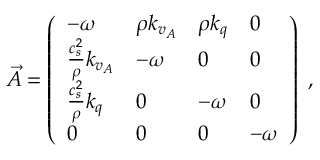
\vec { A } = \left( \begin{array} { l l l l } { - { \omega } } & { \rho k _ { v _ { A } } } & { \rho k _ { q } } & { 0 } \\ { \frac { c _ { s } ^ { 2 } } { \rho } k _ { v _ { A } } } & { - { \omega } } & { 0 } & { 0 } \\ { \frac { c _ { s } ^ { 2 } } { \rho } k _ { q } } & { 0 } & { - { \omega } } & { 0 } \\ { 0 } & { 0 } & { 0 } & { - { \omega } } \end{array} \right) \; ,